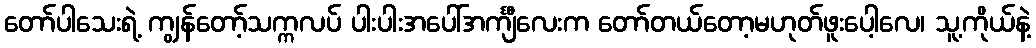
တော်ပါသေးရဲ့ ကျွန်တော့်သက္ကလပ် ပါးပါးအပေါ်အင်္ကျီလေးက တော်တယ်တော့မဟုတ်ဖူးပေါ့လေ၊ သူ့ကိုယ်နဲ့